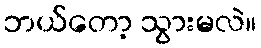
ဘယ်တော့ သွားမလဲ။